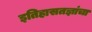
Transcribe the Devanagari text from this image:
इतिहासतज्ञांचा